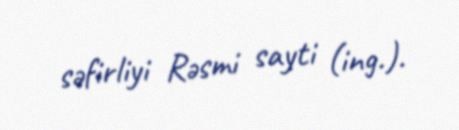
səfirliyi Rəsmi sayti (ing.).